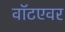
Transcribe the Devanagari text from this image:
वॉटएवर